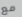
مع